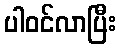
ပါဝင်လာပြီး